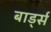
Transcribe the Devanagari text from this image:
बार्ड्स